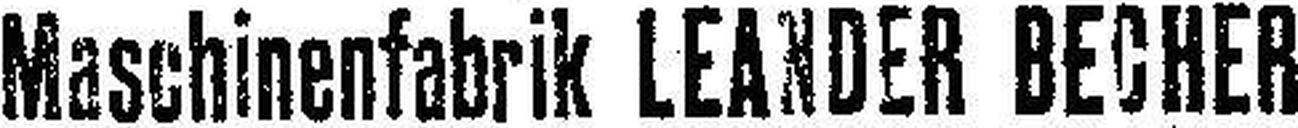
Maschinenfabrik LEANDER BECHER